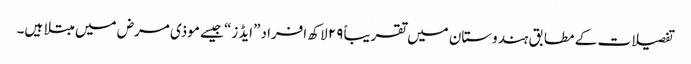
تفصیلات کے مطابق ہندوستان میں تقریباً ۲۹ لاکھ افراد ”ایڈز“ جیسے موذی مرض میں مبتلا ہیں۔